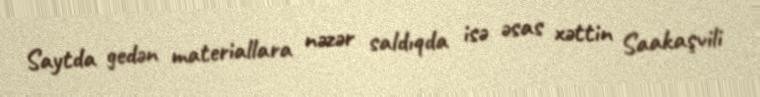
Saytda gedən materiallara nəzər saldıqda isə əsas xəttin Saakaşvili